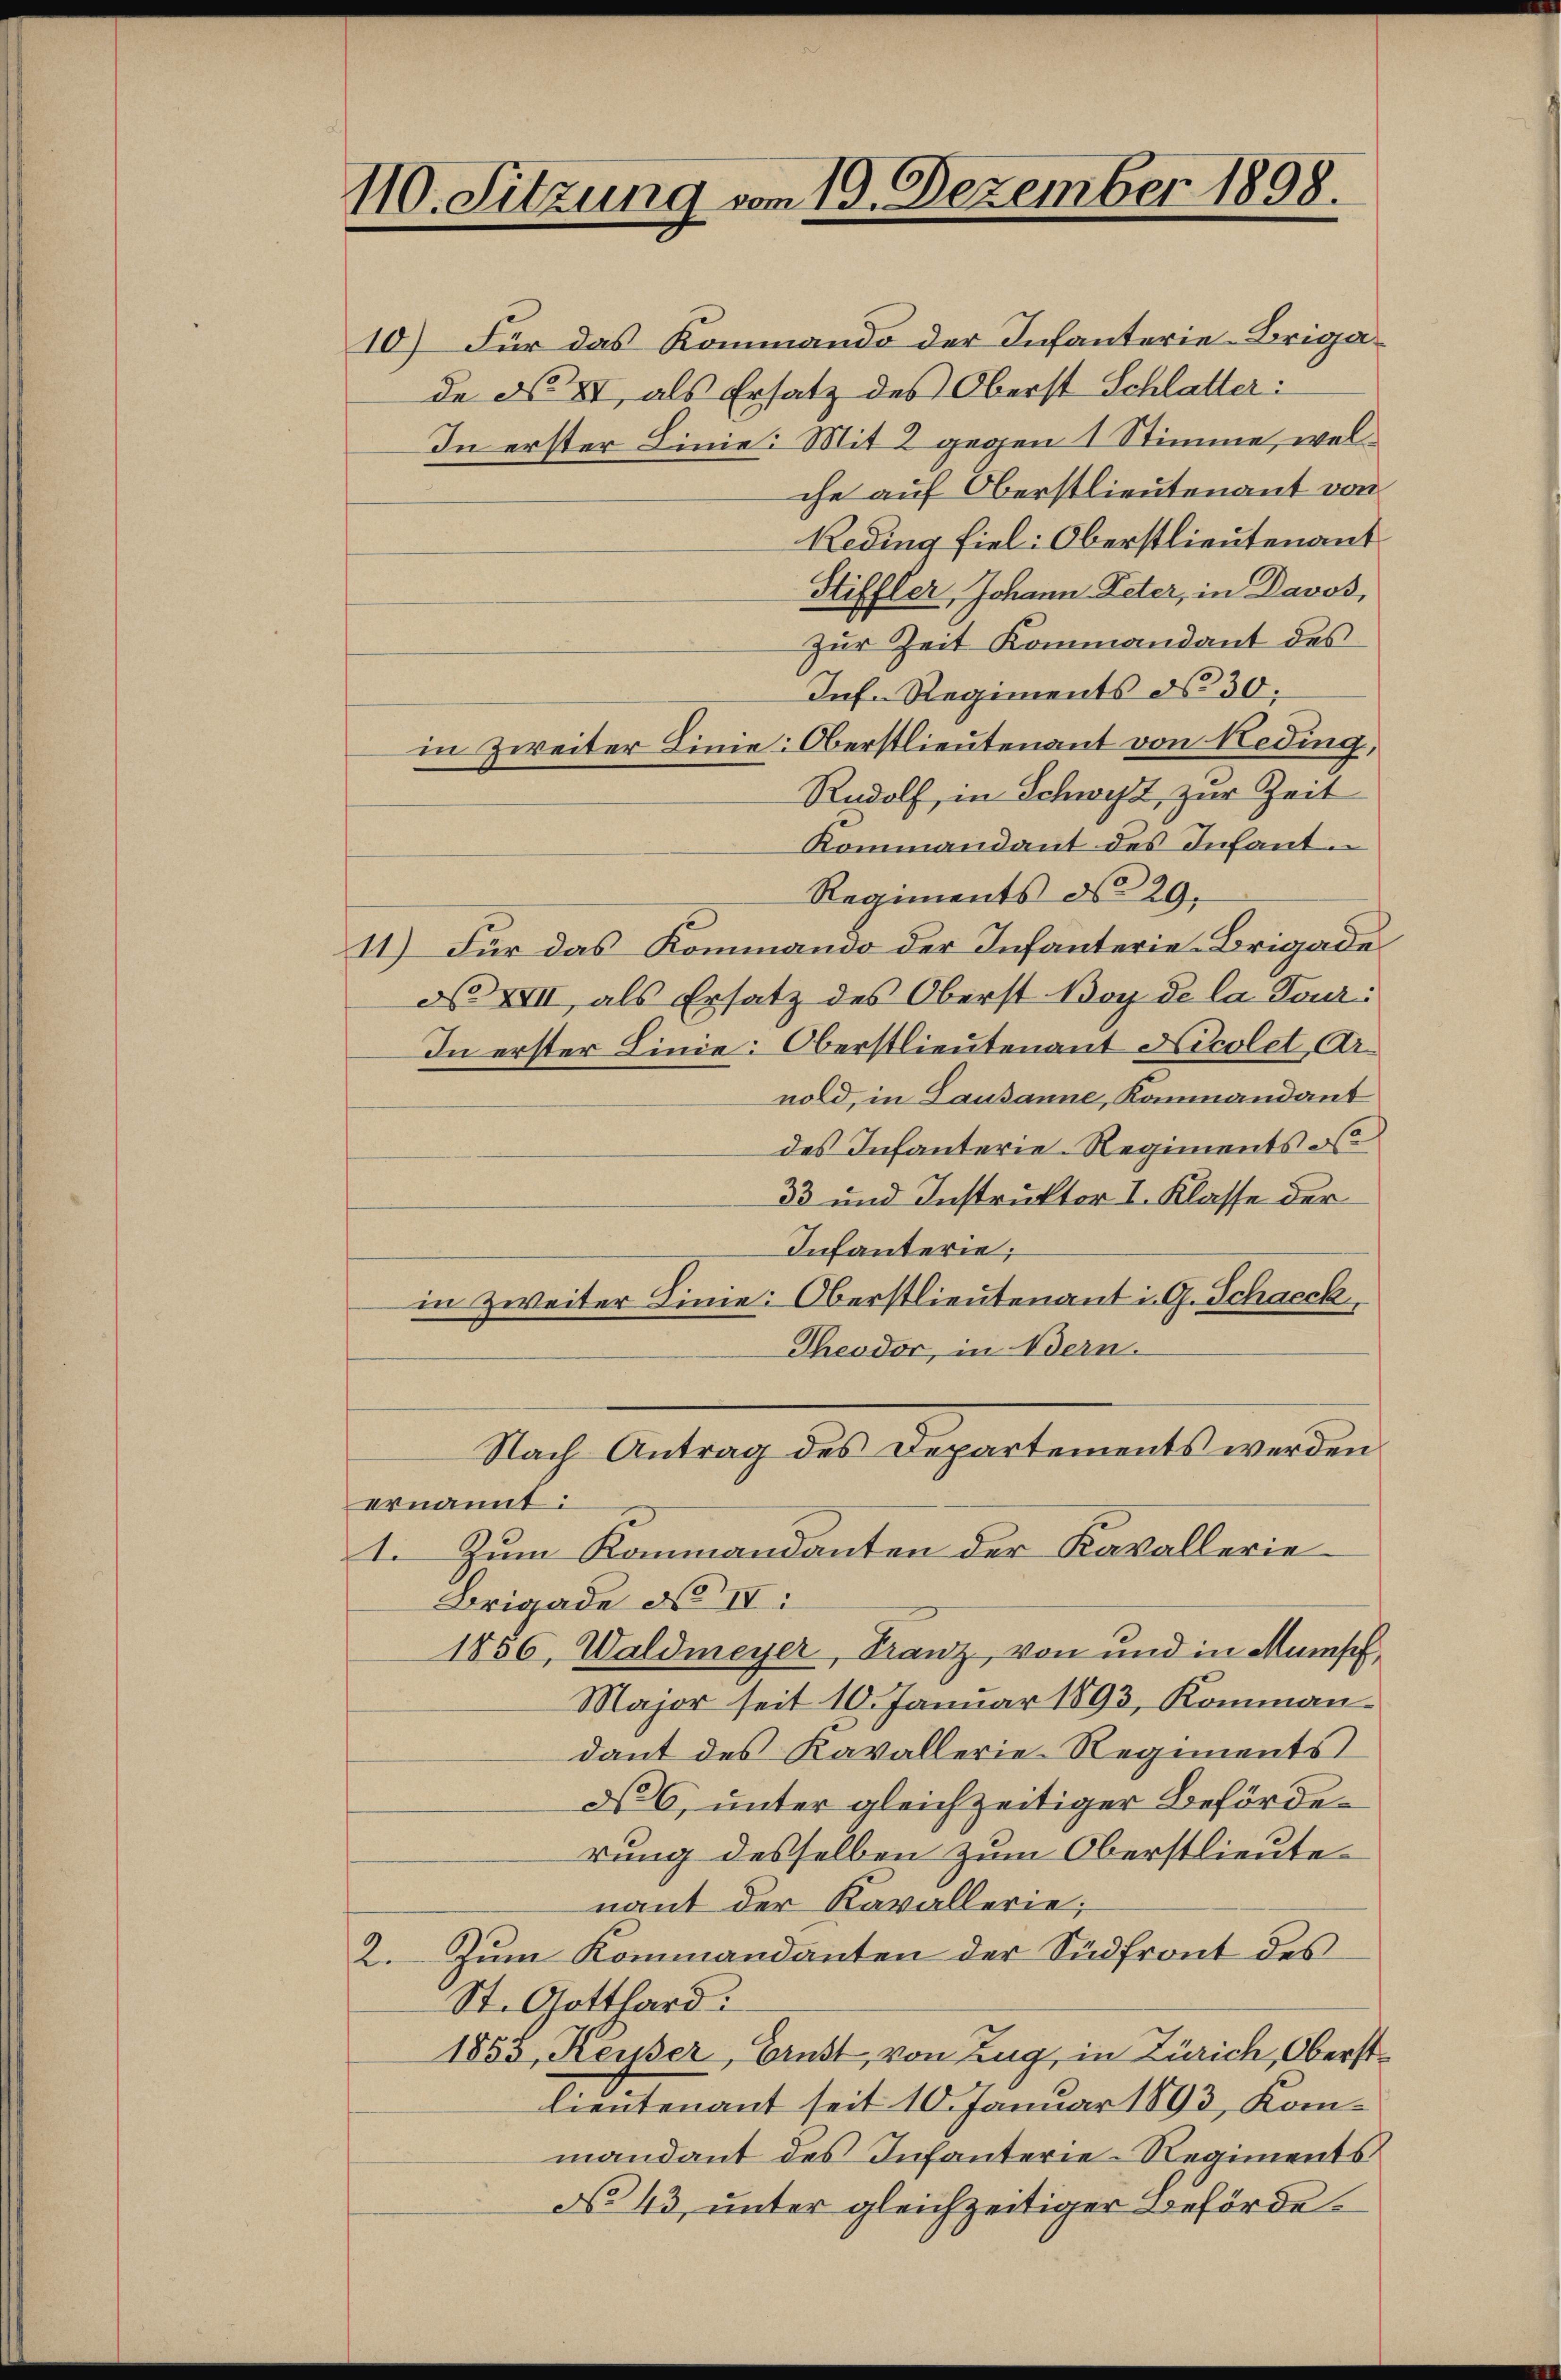
110. Sitzung vom 19. Dezember 1898.

10) Für das Kommando der Infanterie-Brigade No VI, als Ersatz des Oberst Schlatter:
In erster Linie: Mit 2 gegen 1 Stimme, welche auf Oberstlieutenant von
Reding fiel: Oberstlieutenant
Stiffler, Johann Peter, in Davos,
Zur Zeit Kommandant des
Inf. Regiments d. 30;
in Zweiter Linie: Oberstlieutenant von Heding,
Rudolf, in Schweiz, zur Zeit
Kommandant des Infant.
Regiments d. 29.
11) Für das Kommando der Infanterie-Brigade
N XVII, als Ersatz des Oberst Boy de la Tour¬
In erster Linie: Oberstlieutenant Nicolet, Arnold, in Lausanne, Kommandant
des Infanterie-Regiments o
33 und Instruktor I. Klasse der
Infanterie;
in Zweiter Linie: Oberstlieutenant i. G. Schacck,
Theodor, in Bern.
Nach Antrag des Departements werden
ernannt:
1. Zum Kammandanten der Kavallerie
Brigade No II:
1856, Waldmeyer, Franz, von und in Münsch,
Major seit 10. Januar 1893, Kommandant des Kavallerie Regiments
36, unter gleichzeitiger Beförderung desselben zum Oberstlieute
nant der Kavallerie;
2. Zum Kommandanten der Südfront des
St. Gotthard.
1853, Keiser, Brust, von Zug, in Zürich, Oberstlieutenant seit 10. Januar 1893, Kommandant des Infanterie-Regiments
No 43, unter gleichzeitiger Beförde¬